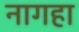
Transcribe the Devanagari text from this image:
नागहा